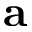
\mathbf { a }